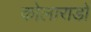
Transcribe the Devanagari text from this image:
कोलाराडो